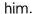
him.